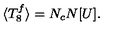
\langle T _ { 8 } ^ { f } \rangle = N _ { c } N [ U ] .